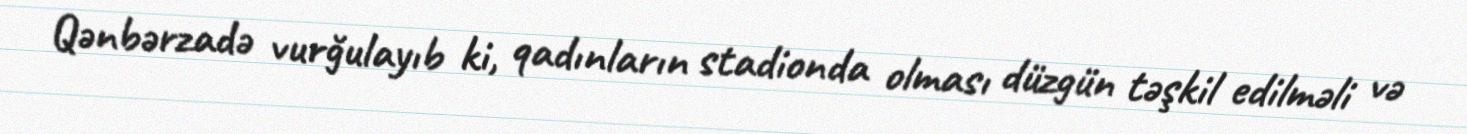
Qənbərzadə vurğulayıb ki, qadınların stadionda olması düzgün təşkil edilməli və